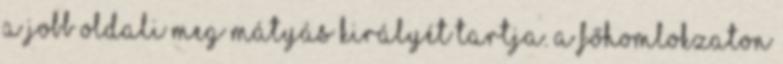
a jobb oldali meg Mátyás királyét tartja. A főhomlokzaton